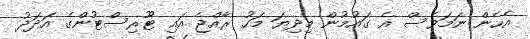
އެހެން ނަމަވެސް އެ ގައުމުން މިދިޔަ މަހު ރާއްޖެ އައި ޓޫރިސްޓުންގެ އަދަދު